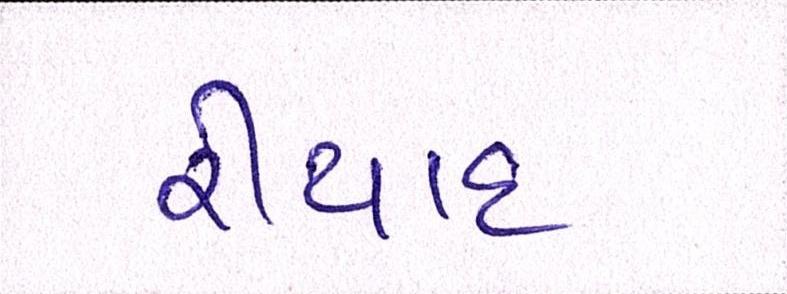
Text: રીયાદ